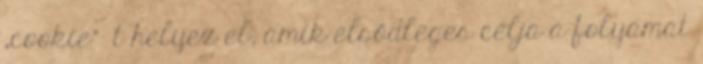
„cookie”- t helyez el, amik elsődleges célja a folyamat